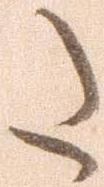
た